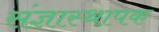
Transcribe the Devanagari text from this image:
संज्ञास्थापक